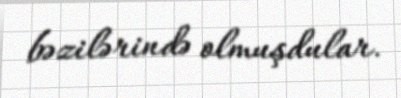
bəzilərində olmuşdular.